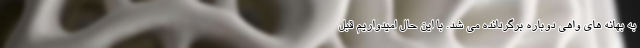
به بهانه های واهی دوباره برگردانده می شد. با این حال امیدواریم قبل